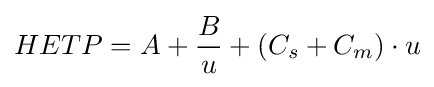
HETP=A+{\frac {B}{u}}+(C_{s}+C_{m})\cdot u